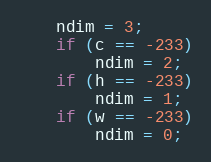
Language: C++
    ndim = 3;
    if (c == -233)
        ndim = 2;
    if (h == -233)
        ndim = 1;
    if (w == -233)
        ndim = 0;